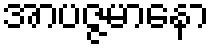
အာပဇ္ဇမာနော